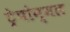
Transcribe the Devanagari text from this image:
ट्रेपोन्मल